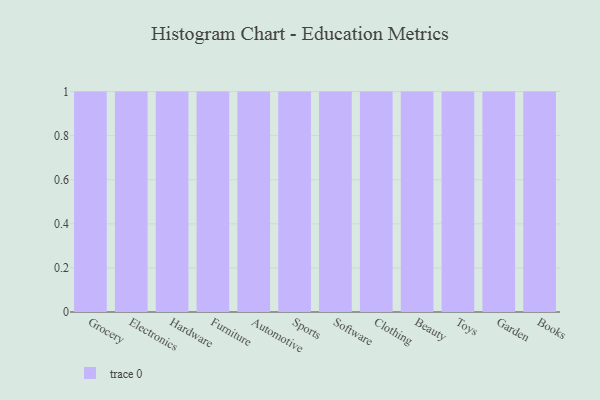
{"axis": {"x": "Category", "y": "Energy Usage (MWh)"}, "legend": [""], "data": [{"x": "Grocery", "y": 56, "type": ""}, {"x": "Electronics", "y": 43, "type": ""}, {"x": "Hardware", "y": 88, "type": ""}, {"x": "Furniture", "y": 49, "type": ""}, {"x": "Automotive", "y": 12, "type": ""}, {"x": "Sports", "y": 70, "type": ""}, {"x": "Software", "y": 64, "type": ""}, {"x": "Clothing", "y": 2, "type": ""}, {"x": "Beauty", "y": 35, "type": ""}, {"x": "Toys", "y": 62, "type": ""}, {"x": "Garden", "y": 33, "type": ""}, {"x": "Books", "y": 17, "type": ""}]}